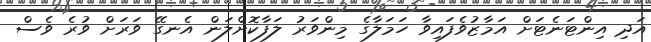
އަދި އިންޓަނެޓަށް އަމާޒުވެފައިވާ ހަމަލާގެ މިންވަރު ލަފާކޮށްލަން އެނގޭ ވަރަށް ވުރެ ވެސް